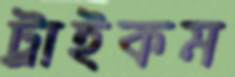
ট্রাইকম